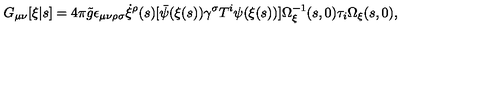
G _ { \mu \nu } [ \xi | s ] = 4 \pi { \tilde { g } } \epsilon _ { \mu \nu \rho \sigma } \dot { \xi } ^ { \rho } ( s ) [ { \bar { \psi } } ( \xi ( s ) ) \gamma ^ { \sigma } T ^ { i } \psi ( \xi ( s ) ) ] \Omega _ { \xi } ^ { - 1 } ( s , 0 ) \tau _ { i } \Omega _ { \xi } ( s , 0 ) ,